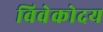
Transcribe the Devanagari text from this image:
विवेकोदय